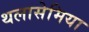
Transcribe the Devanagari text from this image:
थलासेमिया